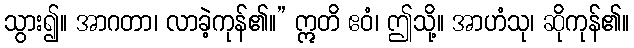
သွား၍။ အာဂတာ၊ လာခဲ့ကုန်၏။” ဣတိ ဧဝံ၊ ဤသို့။ အာဟံသု၊ ဆိုကုန်၏။